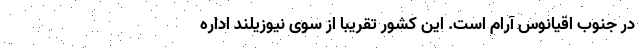
در جنوب اقیانوس آرام است. این کشور تقریباً از سوی نیوزیلند اداره